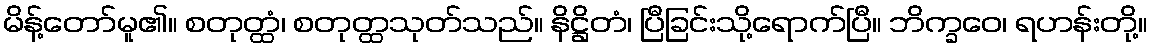
မိန့်တော်မူ၏။ စတုတ္ထံ၊ စတုတ္ထသုတ်သည်။ နိဋ္ဌိတံ၊ ပြီခြင်းသို့ရောက်ပြီ။ ဘိက္ခဝေ၊ ရဟန်းတို့။